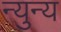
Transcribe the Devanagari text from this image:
न्युन्य